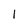
Character: 1